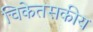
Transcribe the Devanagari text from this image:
चिकेतसकीय